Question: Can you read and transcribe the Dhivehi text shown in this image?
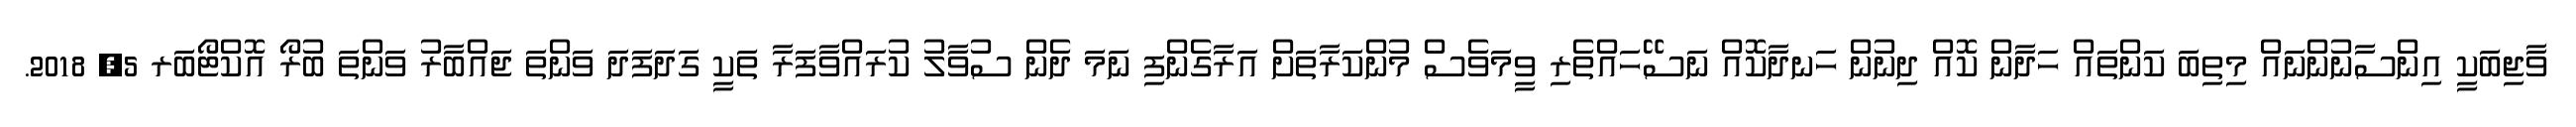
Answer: ވާޖިބަކީ އިންސާނުންނައް މިތިބަ ކަންތައް ހަދާން ކޮއް ދިނުން ހަނދާކޮއް ނަސޭހައްތެރި ވީމަވެސް މުންކަރާތަށް އަރާގެންފި ނަމަ ދެން ސުވާލު ކުރައްވާފަރާ ތަކީ ގަދަފަދަ ވަންތަ ޖައްބާރު ވަންތަ ބުރޯ އޮކްޓޯބަރ 5, 2018.